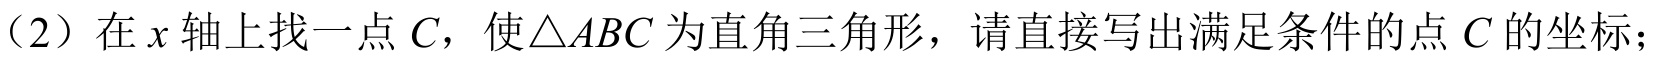
(2) 在\(x\)轴上找一点\(C\)，使\(\triangle ABC\)为直角三角形，请直接写出满足条件的点\(C\)的坐标；